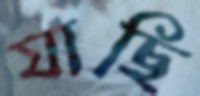
যাছি